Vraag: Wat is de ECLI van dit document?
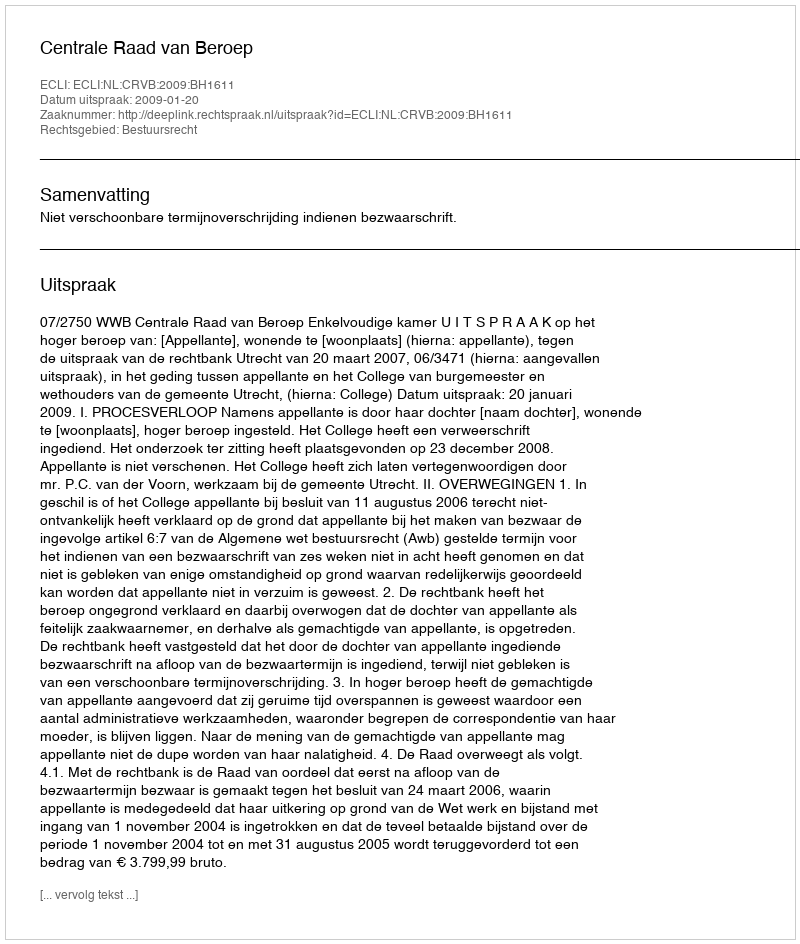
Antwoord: ECLI:NL:CRVB:2009:BH1611